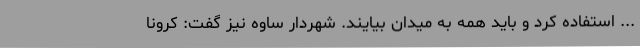
... استفاده کرد و باید همه به میدان بیایند. شهردار ساوه نیز گفت: کرونا